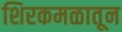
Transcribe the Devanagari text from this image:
शिरकमळातून